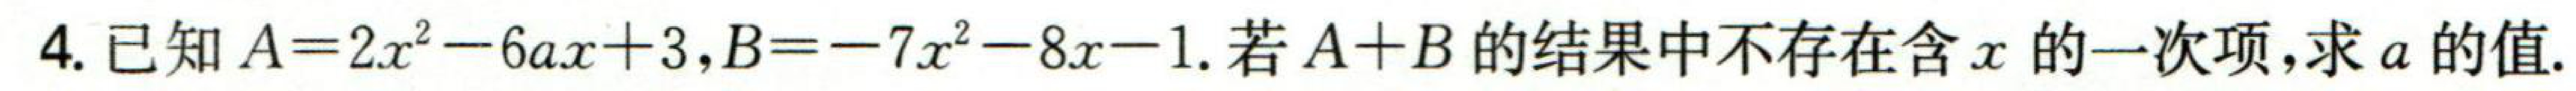
4. 已知\(A = 2x^{2}-6ax + 3\)，\(B=-7x^{2}-8x - 1\). 若\(A + B\)的结果中不存在含\(x\)的一次项,求\(a\)的值.